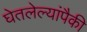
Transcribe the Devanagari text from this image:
घेतलेल्यांपैकी